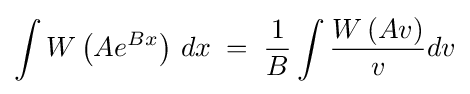
\int W\left(Ae^{Bx}\right)\,dx\;=\;{\frac {1}{B}}\int {\frac {W\left(Av\right)}{v}}dv